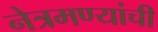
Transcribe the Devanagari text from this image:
नेत्रमण्यांची